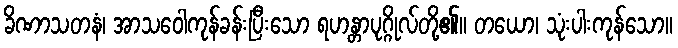
ခိဏာသတနံ၊ အာသဝေါကုန်ခန်းပြီးသော ရဟန္တာပုဂ္ဂိုလ်တို့၏။ တယော၊ သုံးပါးကုန်သော။